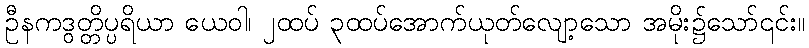
ဦနကဒွတ္တိပ္ပရိယာ ယေဝါ၊ ၂ထပ် ၃ထပ်အောက်ယုတ်လျော့သော အမိုး၌သော်၎င်း။